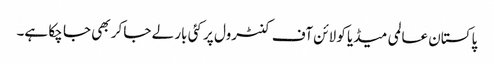
پاکستان عالمی میڈیا کو لائن آف کنٹرول پر کئی بار لے جا کر بھی جا چکا ہے۔